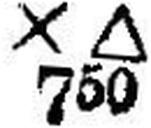
X ∆ 750